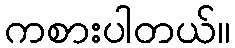
ကစားပါတယ်။